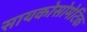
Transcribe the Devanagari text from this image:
सायकोसोमेटिक